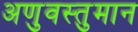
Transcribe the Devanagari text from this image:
अणुवस्तुमान